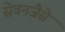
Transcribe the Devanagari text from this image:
सेवनजैसे